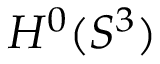
H ^ { 0 } ( S ^ { 3 } )